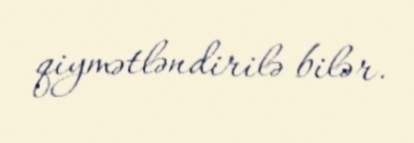
qiymətləndirilə bilər.